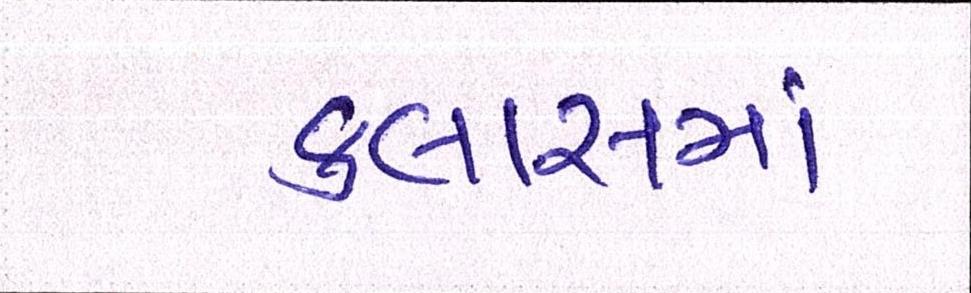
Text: ક્લાસમાં